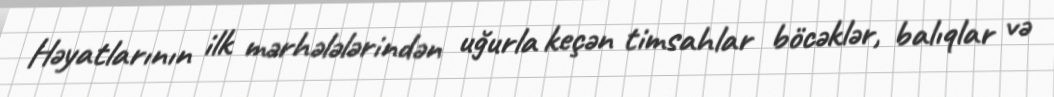
Həyatlarının ilk mərhələlərindən uğurla keçən timsahlar böcəklər, balıqlar və